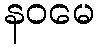
နဝမေ